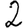
Digit: 2